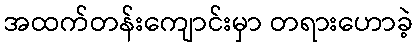
အထက်တန်းကျောင်းမှာ တရားဟောခဲ့